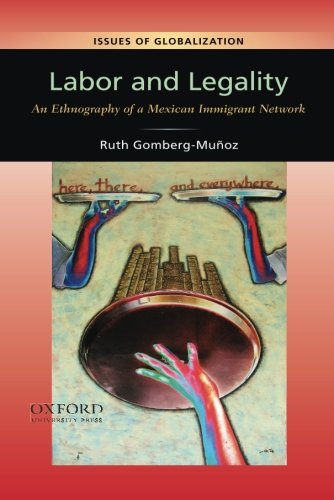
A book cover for Labor and Legality: An Ethnography of a Mexican Immigrant Network (Issues of Globalization:Case Studies in Contemporary Anthropology); Ruth Gomberg-MuÃ±oz; Science & Math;